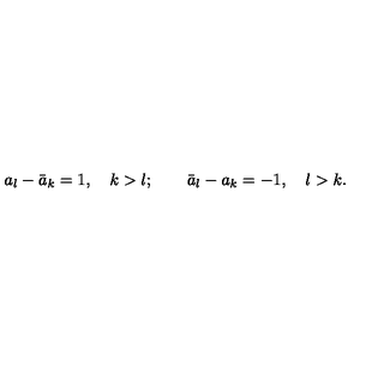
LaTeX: a _ { l } - \bar { a } _ { k } = 1 , \quad k > l ; \quad \quad \bar { a } _ { l } - a _ { k } = - 1 , \quad l > k .